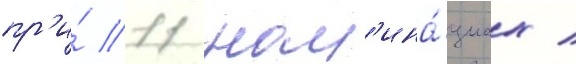
пр'и́ 11 ном'ина́циах /